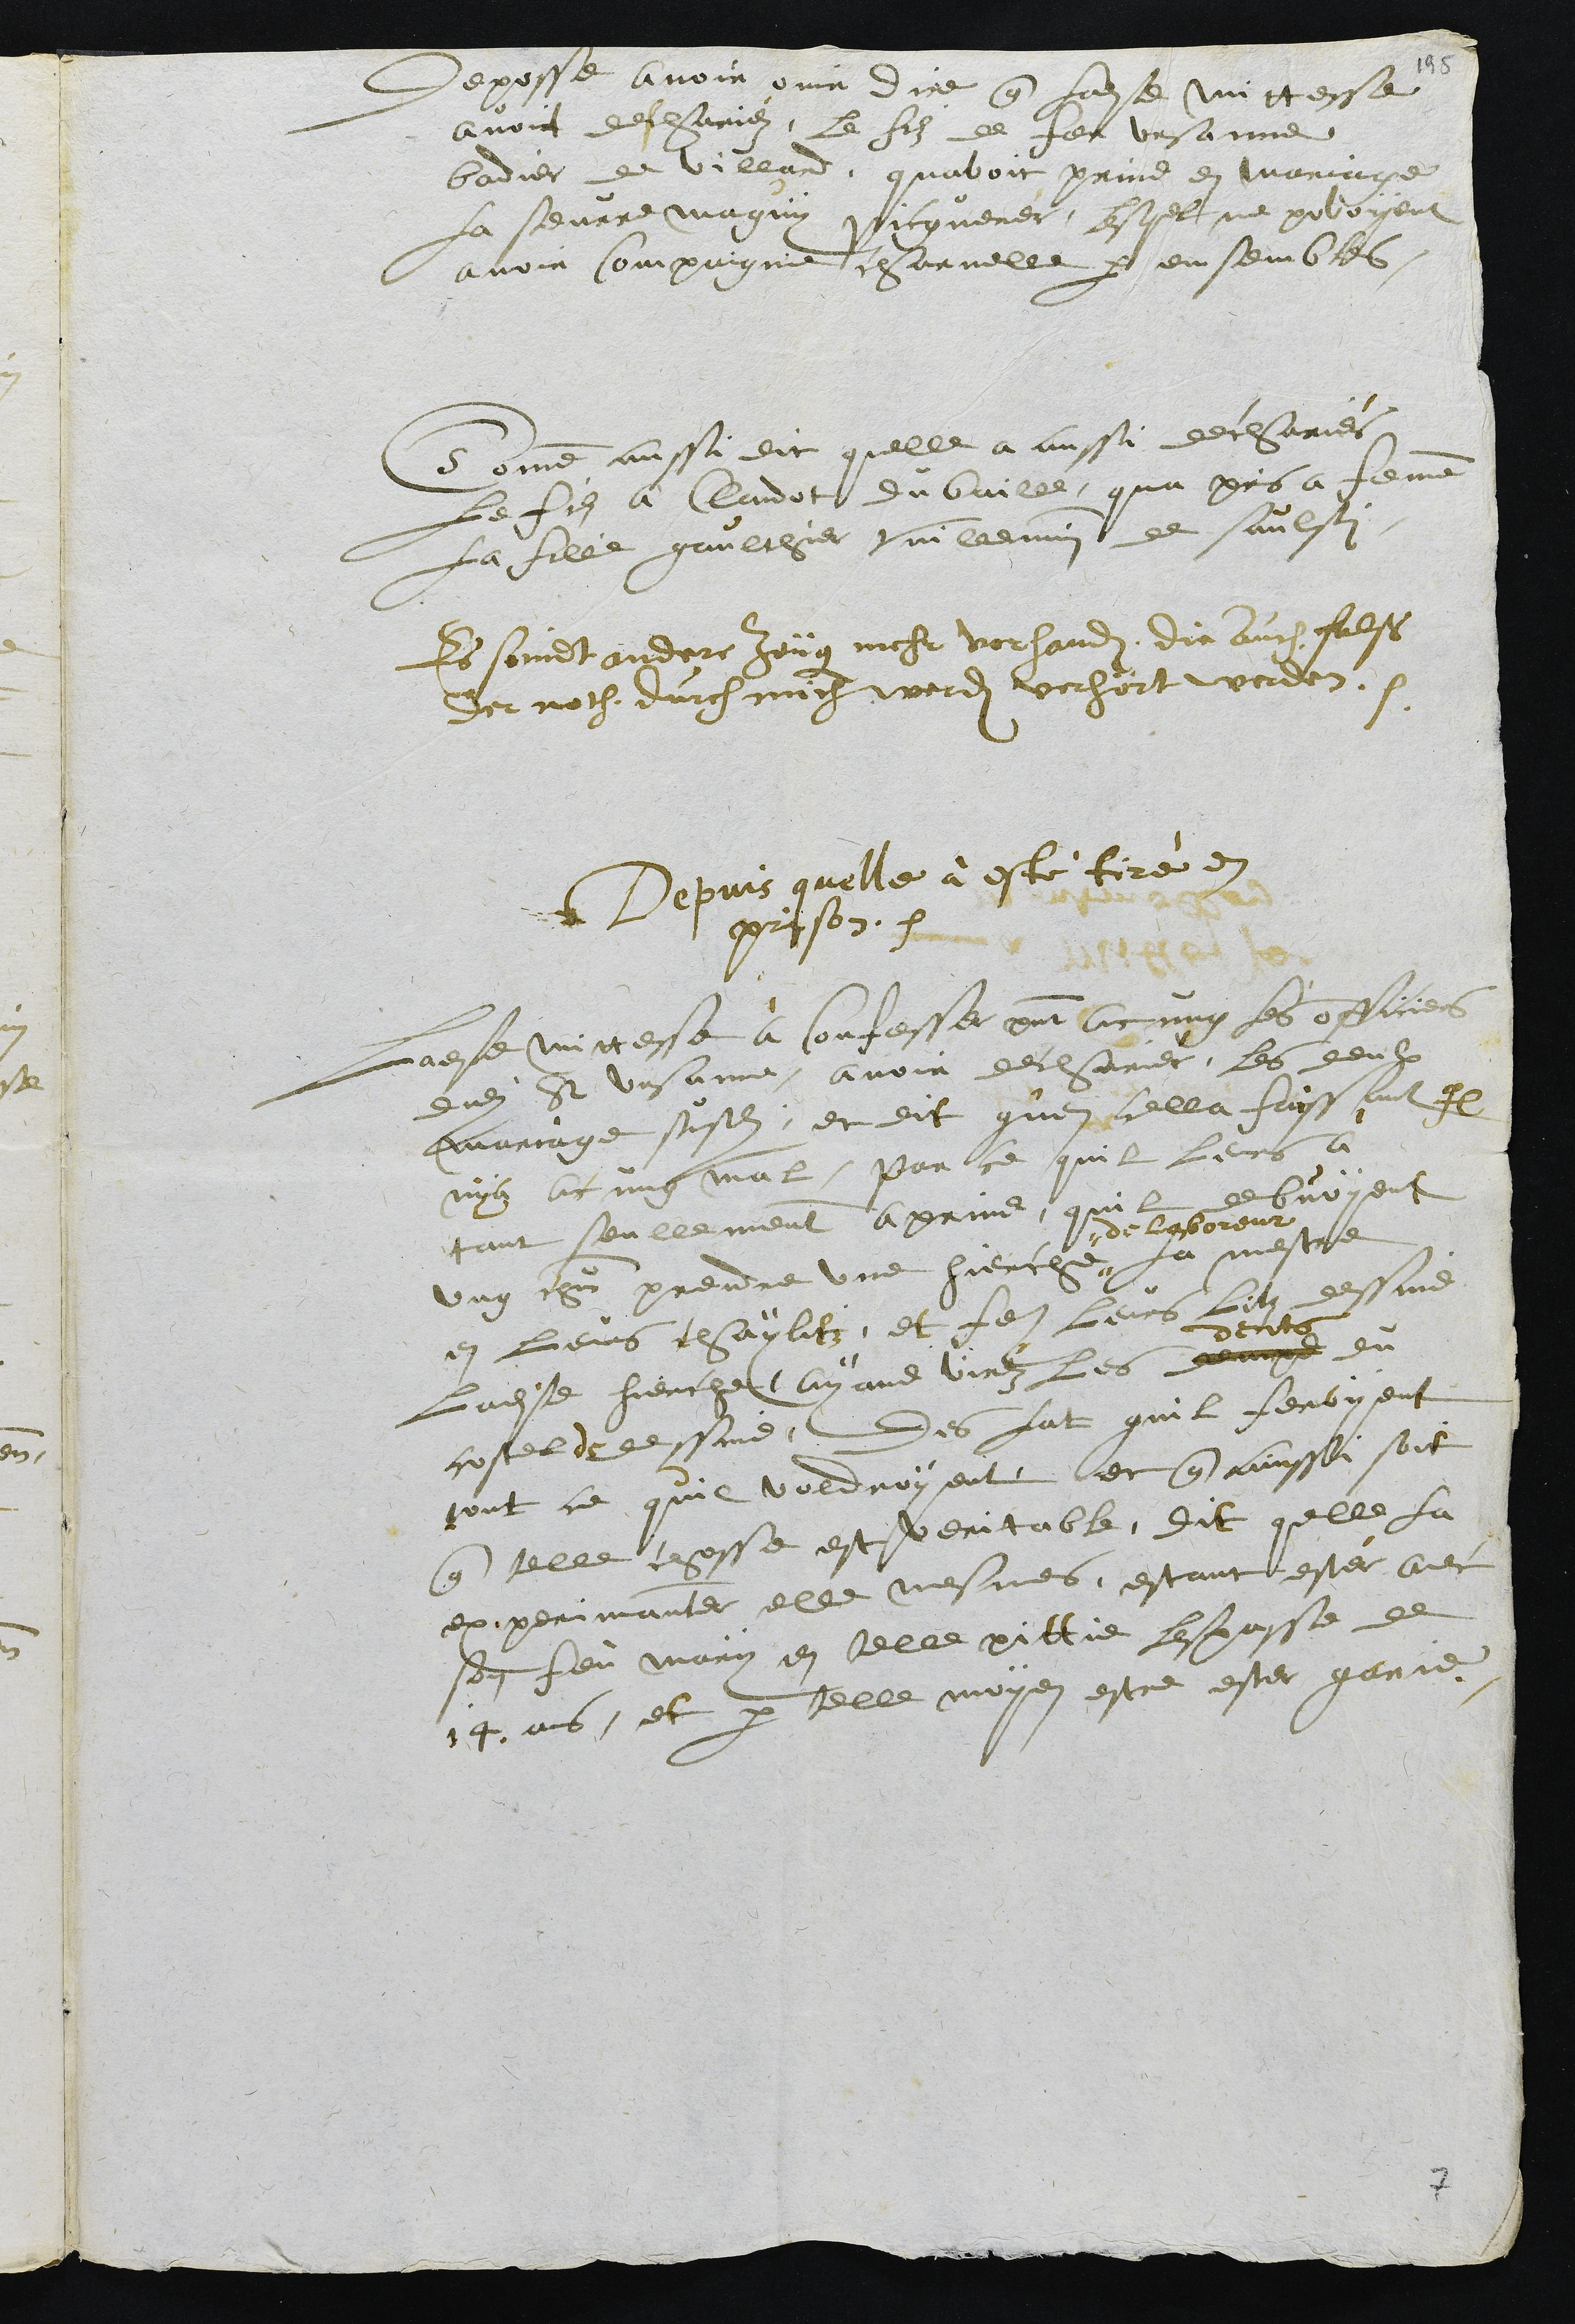
deposse avoir ouir dire que ladite mittesse
avoir deschariéz le filz de feu Ursanne
Badier de Villard, quavoit prins en mariage
la seurre Maguy Picquerer, lesquel ne povoyent
avoir compaignie charnelle par ensembles,
Comme aussi dit quelle a aussi dechariés
Le fils  a Claudot du baille qua pris a femme
La fille gaulthier Vuillemin de saulsi
es seindt andere Zeüg mehr vorhanden die auch falß
der noch durch mich werden verhört werden.
Depuis quelle à esté tiré en
prison.
Ladite mittesse à confesser present aucung les officiers
dudit St Ursanne, avoir decharier les deulx
mariage susdits, et dit quen cella faissant Il
nya acung mal, parce quil leurs a
tant seullement aprins quil debvoyent
ung chacun prendre une hierche
de laboureur
la mestre
en leurs chaylitz, et faire leurs litz dessus
ladite hierche, ayans virez les dempd
dents
du
costel de dessus, des lat quil feroyent
tout ce quil voudroyent et que ainssi soit
que telle chosse est veritable, dit quelle la
experimanter elle mesmes, estant ester avec
son feu mary en telle pittie lespasse de
14 ans, et par telle moyen estre ester garie.

7